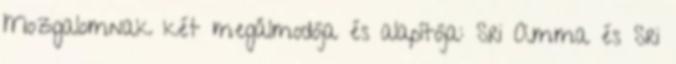
Mozgalomnak két megálmodója és alapítója: Sri Amma és Sri